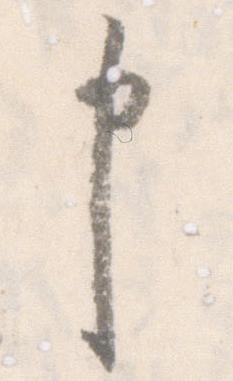
申